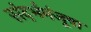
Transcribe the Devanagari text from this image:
संदर्भमंजूषा